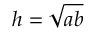
h = { \sqrt { a b } }